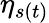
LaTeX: \eta_{s(t)}